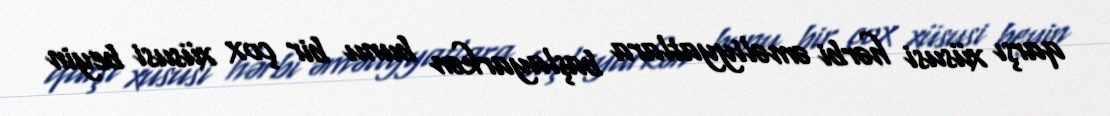
qarşı xüsusi hərbi əməliyyatlara başlayarkən bunu bir çox xüsusi beyin